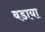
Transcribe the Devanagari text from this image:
बडाया